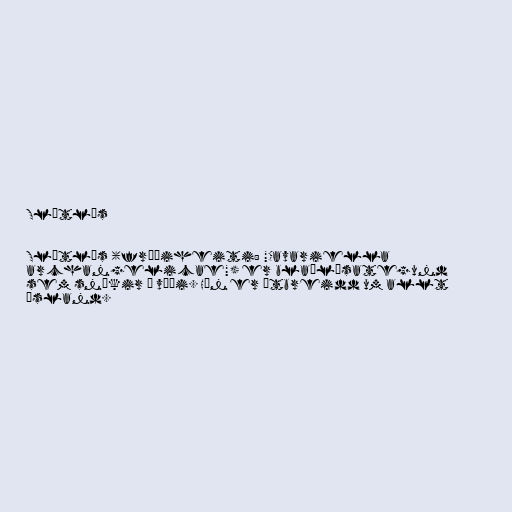
Slútlús

Slútlús (fræðiheiti: "Cavariella
archangelicae") er blaðlúsategund
sem sníkir á víði. Hún er útbreidd um allt
Ísland.